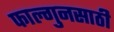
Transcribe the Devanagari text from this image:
फाल्गुनसाठी